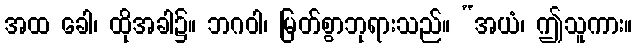
အထ ခေါ၊ ထိုအခါ၌။ ဘဂဝါ၊ မြတ်စွာဘုရားသည်။ “အယံ၊ ဤသူကား။